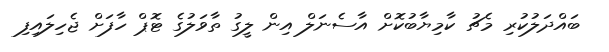
ބައްދަލުކުރި މެޗު ކާމިޔާބުކޮށް އާސެނަލް އިން ލީގު ތާވަލުގެ ޓޮޕް ހާފަށް ޖެހިލައިފި